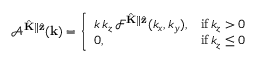
\mathcal { A } ^ { \hat { \mathbf { K } } \parallel \hat { \mathbf { z } } } ( \mathbf { k } ) = \left\{ \begin{array} { l l } { k \, k _ { z } \, \mathcal { F } ^ { \hat { \mathbf { K } } \parallel \hat { \mathbf { z } } } ( k _ { x } , k _ { y } ) , } & { \mathrm { i f } \, k _ { z } > 0 } \\ { 0 , } & { \mathrm { i f } \, k _ { z } \leq 0 } \end{array} \right.